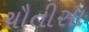
ચૌતીસા